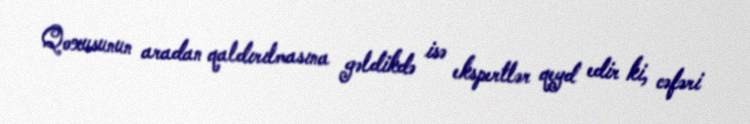
Qoxusunun aradan qaldırılmasına gəldikdə isə ekspertlər qeyd edir ki, cəfəri